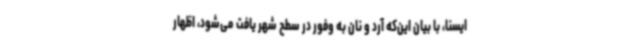
ایسنا، با بیان این‌که آرد و نان به وفور در سطح شهر یافت می‌شود، اظهار